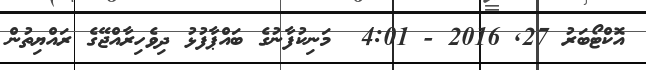
އޮކްޓޯބަރު 27